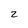
Character: Z